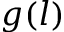
g ( l )